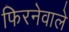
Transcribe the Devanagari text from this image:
फिरनेवाले